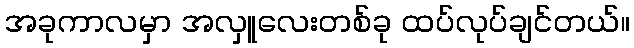
အခုကာလမှာ အလှူလေးတစ်ခု ထပ်လုပ်ချင်တယ်။